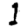
Digit: 1